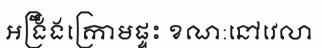
អង្រឹងក្រោមផ្ទះ ខណ:នៅវេលា